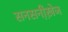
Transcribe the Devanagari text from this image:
सनसनी़खे़ज